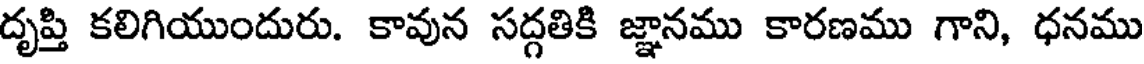
దృప్తి కలిగియుందురు. కావున సద్గతికి జ్ఞానము కారణము గాని, ధనము